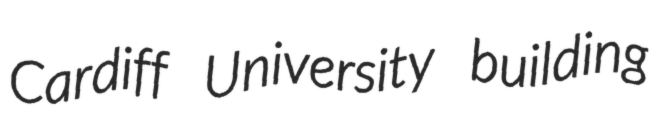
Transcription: Cardiff University building